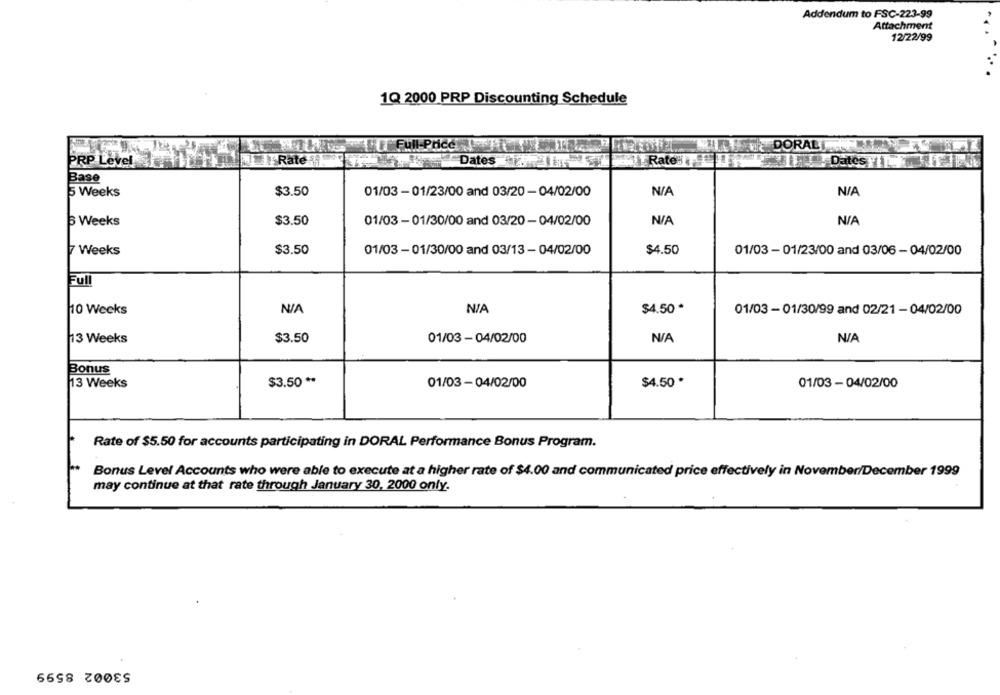
Addendum to FSC-223-99
Attachment
12/22/99
1Q 2000 PRP Discounting Schedule
HEFull-Price
DORALI
Rate"
PRP Level
Rate
Dates " IST
Dates FIT FIT
Base
5 Weeks
$3.50
01/03 - 01/23/00 and 03/20 - 04/02/00
3 Weeks
$3.50
01/03 -01/30/00 and 03/20-04/02/00
7 Weeks
$4.50
$3.50
01/03 - 01/30/00 and 03/13 - 04/02/00
01/03 - 01/23/00 and 03/06 -04/02/00
Full
10 Weeks
$4.50 *
01/03 - 01/30/99 and 02/21 - 04/02/00
13 Weeks
$3.50
01/03 - 04/02/00
Bonus
$3.50 **
$4.50 *
13 Weeks
01/03-04/02/00
01/03 - 04/02/00
Rate of $5.50 for accounts participating in DORAL Performance Bonus Program.
Bonus Level Accounts who were able to execute at a higher rate of $4.00 and communicated price effectively in November/December 1999
may continue at that rate through January 30, 2000 only.
53002 8599